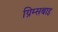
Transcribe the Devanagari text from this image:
ग्रिम्सबाइ